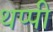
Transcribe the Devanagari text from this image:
थप्पी